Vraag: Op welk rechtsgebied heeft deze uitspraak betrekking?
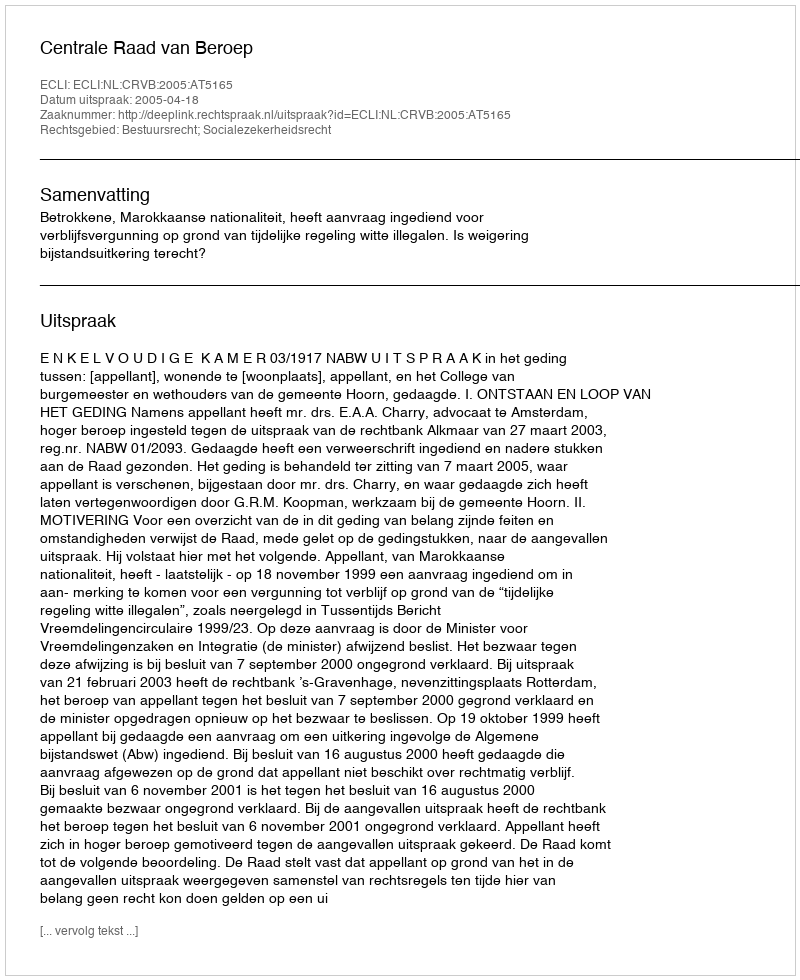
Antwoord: Bestuursrecht; Socialezekerheidsrecht